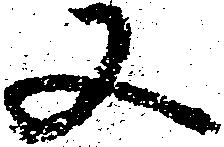
又